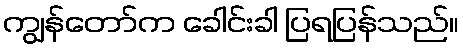
ကျွန်တော်က ခေါင်းခါ ပြရပြန်သည်။